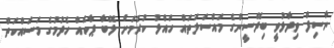
ނާސިފް ވިދާޅުވީ ބިދޭސީންގެ މައްސަލަތައް ހައްލު ކުރުމަށް ލޭބާ ޕާކެއް ހެދުމުގެ މަސައްކަތް